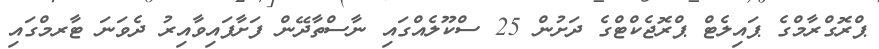
ޕްރޮގްރާމްގެ ޕައިލެޓް ޕްރޮޖެކްޓްގެ ދަށުން 25 ސްކޫލެއްގައި ނާސްތާދޭން ފަށާފައިވާއިރު ދެވަނަ ޓާރމްގައި